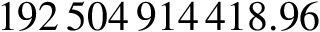
1 9 2 \, 5 0 4 \, 9 1 4 \, 4 1 8 . 9 6 \, \